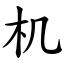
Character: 机